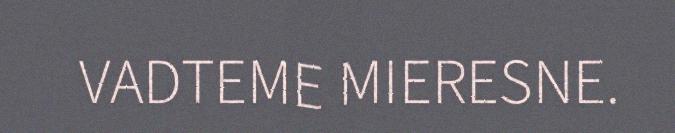
VADTEME MIERESNE.